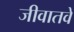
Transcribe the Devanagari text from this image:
जीवातवे